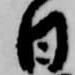
日